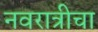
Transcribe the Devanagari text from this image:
नवरात्रीचा